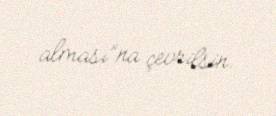
alması”na çevrilsin.